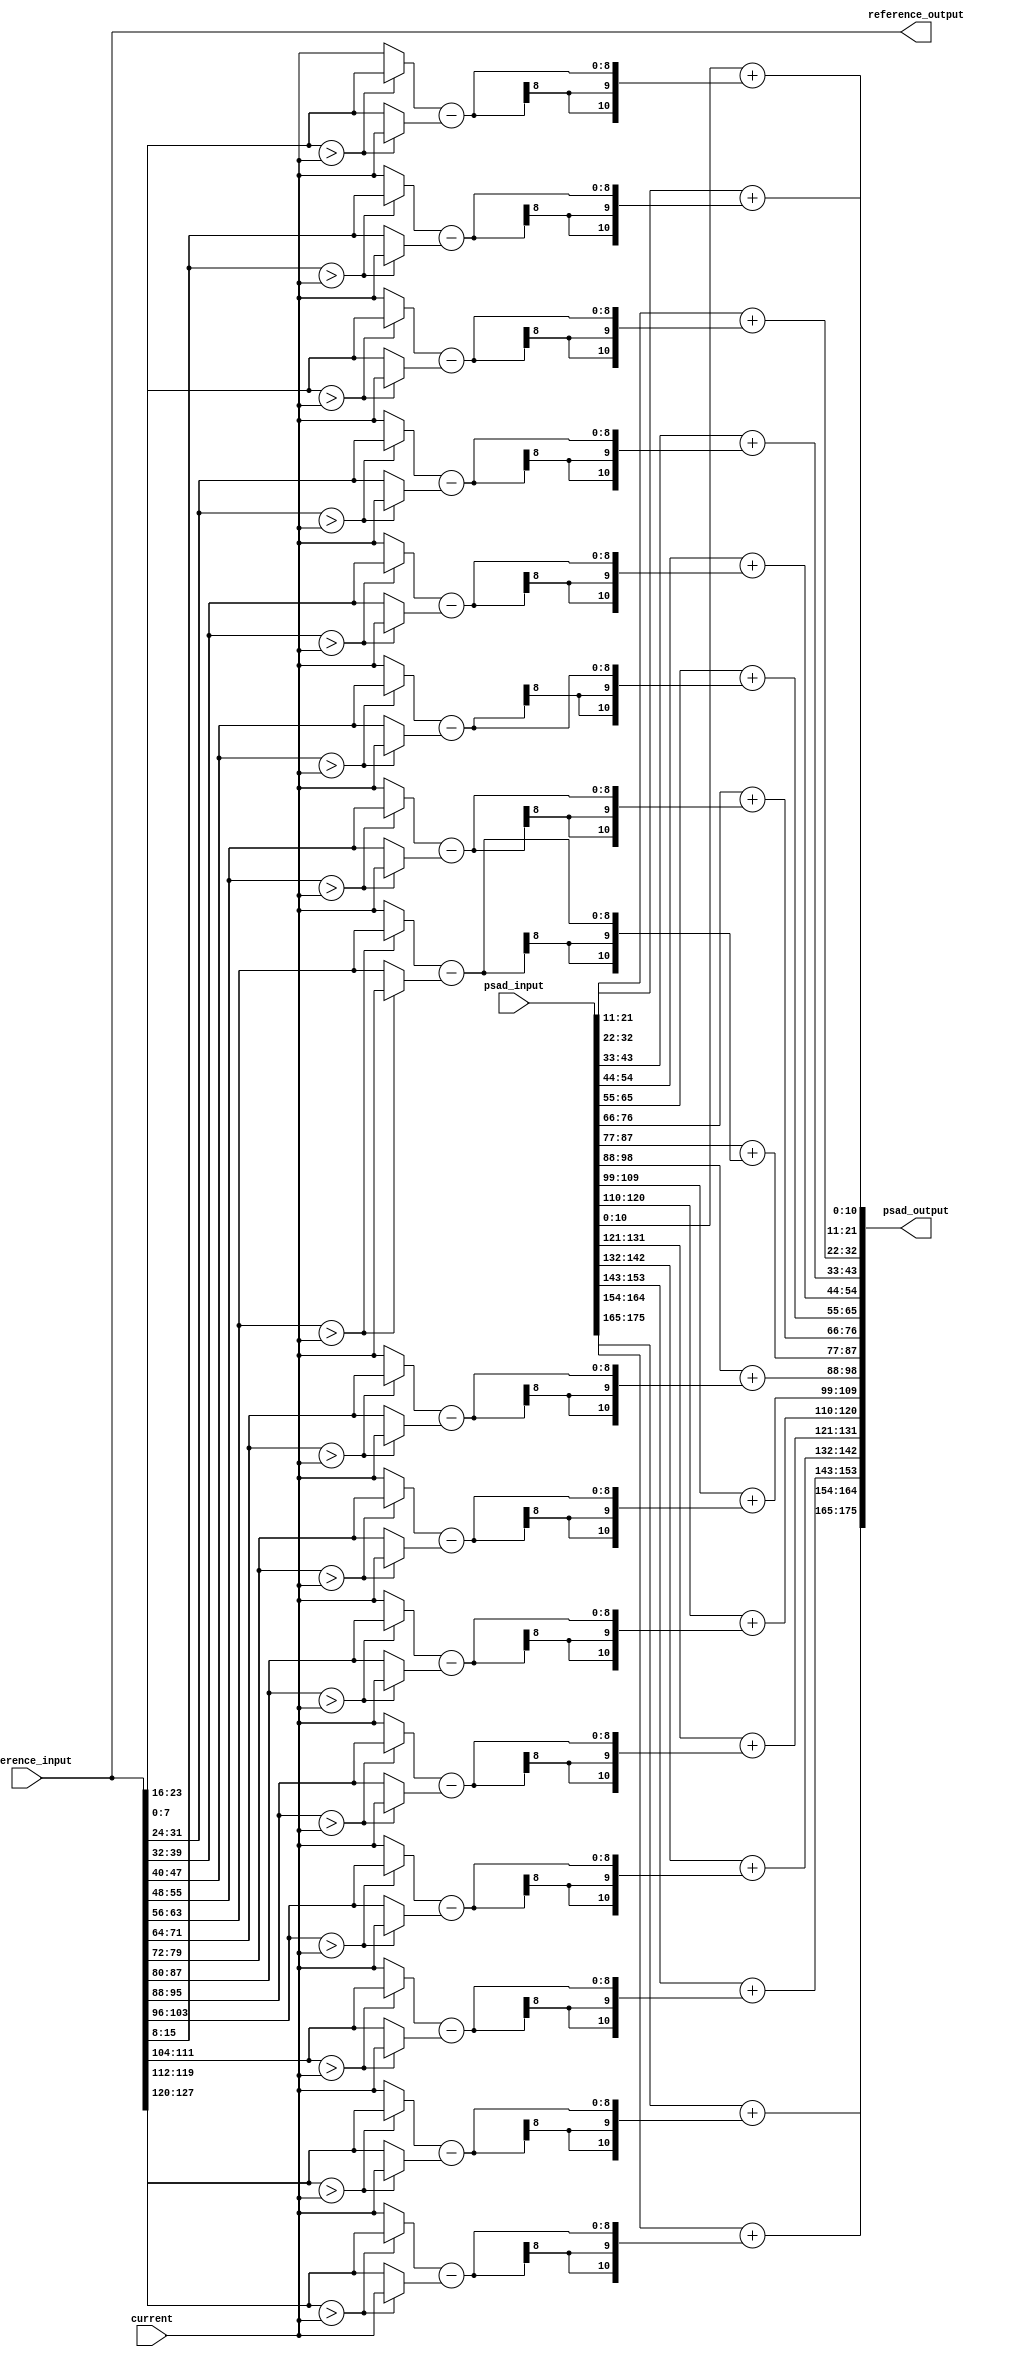
// +FHDR-------------------------------------------------------------------
// FILE NAME:
// TYPE:
// DEPARTMENT:
// AUTHOR:
// AUTHOR'S EMAIL:
// ------------------------------------------------------------------------
// KEYWORDS:
// ------------------------------------------------------------------------
// PARAMETERS
//
// ------------------------------------------------------------------------
// REUSE ISSUES
// Reset Strategy:
// Clock Domains:
// Critical Timing:
// Test Features:
// Asynchronous I/F:
// Scan Methodology:
// Instantiations:
// -FHDR-------------------------------------------------------------------

module AD #(
    parameter PIXELS_IN_BATCH           = 16,
    // parameter EDGE_LEN  = 8,
    parameter BIT_DEPTH                 = 8 ,
    parameter INPUT_PSAD_BITS_PER_PIXEL = 11,
    parameter DEBUG_I                   = 0 ,
    parameter DEBUG_J                   = 0
) (
    input      [                PIXELS_IN_BATCH*BIT_DEPTH-1:0] reference_input ,
    input      [                                BIT_DEPTH-1:0] current         ,
    input      [INPUT_PSAD_BITS_PER_PIXEL*PIXELS_IN_BATCH-1:0] psad_input      ,
    output reg [                PIXELS_IN_BATCH*BIT_DEPTH-1:0] reference_output,
    output reg [INPUT_PSAD_BITS_PER_PIXEL*PIXELS_IN_BATCH-1:0] psad_output
);
    // wire [INPUT_PSAD_BITS_PER_PIXEL-1:0] psad_input_unpacked[0:PIXELS_IN_BATCH-1];
    // // genvar j;
    // // generate
    // //     for (j = 0; j < PIXELS_IN_BATCH; j = j + 1)
    // //     begin
    // //         assign psad_input_unpacked[j] = psad_input[(j+1)*INPUT_PSAD_BITS_PER_PIXEL-1:j*INPUT_PSAD_BITS_PER_PIXEL];
    // //     end
    // // endgenerate
    always @(reference_input)
        begin
            reference_output <= reference_input;
        end
    genvar i;
    generate
        for (i = 0; i < PIXELS_IN_BATCH; i = i + 1)
            begin
                wire [BIT_DEPTH-1:0] ref_subtrahend;
                assign ref_subtrahend = reference_input[(i+1)*BIT_DEPTH-1:i*BIT_DEPTH];
                wire negative_subtraction;
                assign negative_subtraction = ref_subtrahend>current;
                always @(*)
                begin
                    psad_output[(i+1)*(INPUT_PSAD_BITS_PER_PIXEL)-1:i*(INPUT_PSAD_BITS_PER_PIXEL)]
                        = psad_input[(i+1)*(INPUT_PSAD_BITS_PER_PIXEL)-1:i*(INPUT_PSAD_BITS_PER_PIXEL)]+(
                            (negative_subtraction?ref_subtrahend : current)-
                            (negative_subtraction?current : ref_subtrahend)
                        );
                end
            end
    endgenerate
    // always@(*) begin
    //     $display("At %t,AD%d%d receives psad %b and reference input %b, outputting %b",$time,DEBUG_I,DEBUG_J,psad_input,reference_input,psad_output);
    // end
    wire [                BIT_DEPTH-1:0] reference_input_array [0:PIXELS_IN_BATCH-1];
    wire [INPUT_PSAD_BITS_PER_PIXEL-1:0] psad_input_array      [0:PIXELS_IN_BATCH-1];
    wire [                BIT_DEPTH-1:0] reference_output_array[0:PIXELS_IN_BATCH-1];
    wire [INPUT_PSAD_BITS_PER_PIXEL-1:0] psad_output_array     [0:PIXELS_IN_BATCH-1];

    generate
        for (i = 0; i < PIXELS_IN_BATCH; i = i + 1)
            begin

                assign reference_input_array[i]  = reference_input[(i+1)*BIT_DEPTH-1:i*BIT_DEPTH];
                assign psad_input_array[i]       = psad_input[(i+1)*(INPUT_PSAD_BITS_PER_PIXEL)-1:i*(INPUT_PSAD_BITS_PER_PIXEL)];
                assign reference_output_array[i] = reference_output[(i+1)*BIT_DEPTH-1:i*BIT_DEPTH];
                assign psad_output_array[i]      = psad_output[(i+1)*(INPUT_PSAD_BITS_PER_PIXEL)-1:i*(INPUT_PSAD_BITS_PER_PIXEL)];
                // initial begin
                //     $dumpfile("wave.vcd");
                //     $dumpvars(0,reference_input_array[i] ,psad_input_array[i]      ,reference_output_array[i],psad_output_array[i]     );
                // end
            end
    endgenerate
endmodule